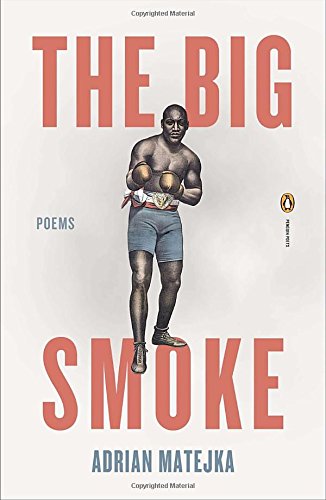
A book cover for The Big Smoke (Poets, Penguin); Adrian Matejka; Literature & Fiction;